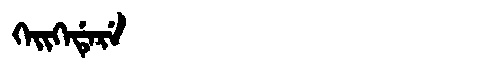
Manchu: ᡴᡝᡳᡴᡝᡩᡝᡵᡝ
Romanization: KEIKEDERE